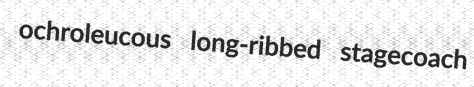
ochroleucous long-ribbed stagecoach